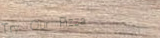
Try Our Pizza